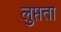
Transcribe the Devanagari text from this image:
लुप्तता